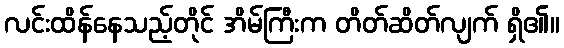
လင်းထိန်နေသည့်တိုင် အိမ်ကြီးက တိတ်ဆိတ်လျက် ရှိ၏။